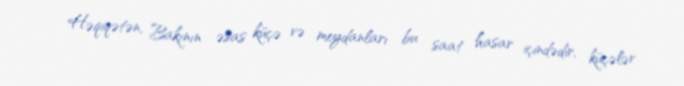
Həqiqətən, Bakının əsas küçə və meydanları bu saat hasar içindədir, küçələr